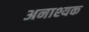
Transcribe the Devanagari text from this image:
अनाश्यक